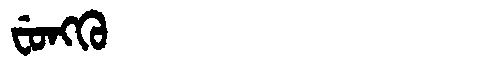
Manchu: ᠸᡠᠩᡴᡠ
Romanization: FUNGKU